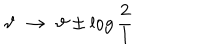
LaTeX: \vartheta \, \, \rightarrow \, \, \vartheta \pm \log \frac { 2 } { l }